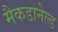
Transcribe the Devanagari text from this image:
मैकडानेल्ड